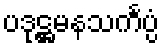
ပဒုဋ္ဌမနသင်္ကပ္ပံ